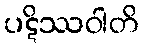
ပဋိဿဝါတိ